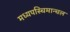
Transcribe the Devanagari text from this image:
मध्यपस्चिमान्चल